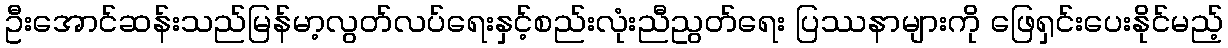
ဦးအောင်ဆန်းသည်မြန်မာ့လွတ်လပ်ရေးနှင့်စည်းလုံးညီညွတ်ရေး ပြဿနာများကို ဖြေရှင်းပေးနိုင်မည့်